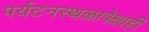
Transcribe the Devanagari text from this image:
पर्यटनस्थळापेक्षाही